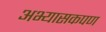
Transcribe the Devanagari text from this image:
अभ्यासकपण